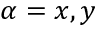
\alpha = x , y